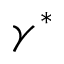
\gamma ^ { * }